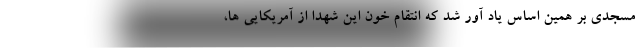
مسجدی بر همین اساس یاد آور شد که انتقام خون این شهدا از آمریکایی ها،